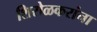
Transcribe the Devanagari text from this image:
शिरोळकरांना